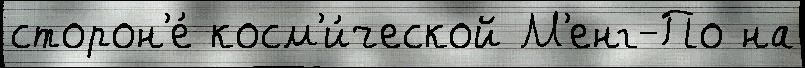
сторон'е́ косм'и́ческой М'енг-По на